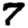
Digit: 7